Indian journal of veterinary science and animal husbandry - Volumes 26-27, 1956-1957
Year: 1956
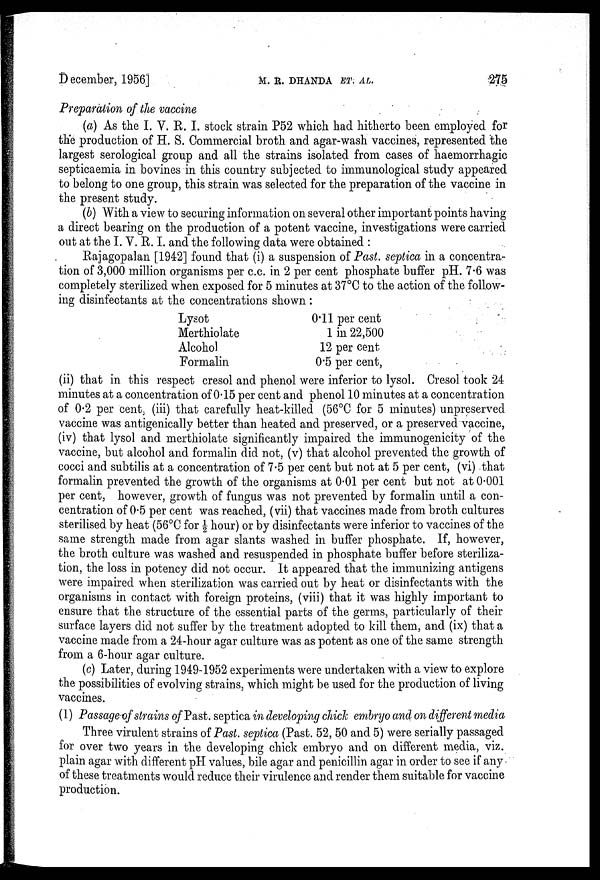
December, 1956]
M.
R.
DHANDA
ET.
AL.
275
Preparation of the vaccine
(a) As the I. V. R. I. stock strain P52 which had hitherto been employed for
the production of H. S. Commercial broth and agar-wash vaccines, represented the
largest serological group and all the strains isolated from cases of haemorrhagic
septicaemia in bovines in this country subjected to immunological study appeared
to belong to one group, this strain was selected for the preparation of the vaccine in
the present study.
(b) With a view to securing information on several other important points having
a direct bearing on the production of a potent vaccine, investigations were carried
out at the I. V. R. I. and the following data were obtained:
Rajagopalan [1942] found that (i) a suspension of Past. septica in a concentra-
tion of 3,000 million organisms per c.c. in 2 per cent phosphate buffer pH. 7.6 was
completely sterilized when exposed for 5 minutes at 37ºC to the action of the follow-
ing disinfectants at the concentrations shown:
Lysot
Merthiolate
Alcohol
Formalin
0.11 per cent
1 in 22,500
12 per cent
0.5 per cent,
(ii) that in this respect cresol and phenol were inferior to lysol. Cresol took 24
minutes at a concentration of 0.15 per cent and phenol 10 minutes at a concentration
of 0.2 per cent, (iii) that carefully heat-killed (56ºC for 5 minutes) unpreserved
vaccine was antigenically better than heated and preserved, or a preserved vaccine,
(iv) that lysol and merthiolate significantly impaired the immunogenicity of the
vaccine, but alcohol and formalin did not, (v) that alcohol prevented the growth of
cocci and subtilis at a concentration of 7.5 per cent but not at 5 per cent, (vi) that
formalin prevented the growth of the organisms at 0.01 per cent but not at 0.001
per cent, however, growth of fungus was not prevented by formalin until a con-
centration of 0.5 per cent was reached, (vii) that vaccines made from broth cultures
sterilised by heat (56ºC for ½ hour) or by disinfectants were inferior to vaccines of the
same strength made from agar slants washed in buffer phosphate. If, however,
the broth culture was washed and resuspended in phosphate buffer before steriliza-
tion, the loss in potency did not occur. It appeared that the immunizing antigens
were impaired when sterilization was carried out by heat or disinfectants with the
organisms in contact with foreign proteins, (viii) that it was highly important to
ensure that the structure of the essential parts of the germs, particularly of their
surface layers did not suffer by the treatment adopted to kill them, and (ix) that a
vaccine made from a 24-hour agar culture was as potent as one of the same strength
from a 6-hour agar culture.
(c) Later, during 1949-1952 experiments were undertaken with a view to explore
the possibilities of evolving strains, which might be used for the production of living
vaccines.
(1) Passage of strains of Past. septica in developing chick embryo and on different media
Three virulent strains of Past. septica (Past. 52, 50 and 5) were serially passaged
for over two years in the developing chick embryo and on different media, viz.
plain agar with different pH values, bile agar and penicillin agar in order to see if any
of these treatments would reduce their virulence and render them suitable for vaccine
production.